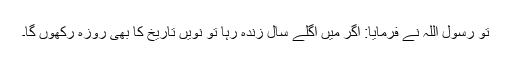
تو رسول اللہؐ نے فرمایا: اگر میں اگلے سال زندہ رہا تو نویں تاریخ کا بھی روزہ رکھوں گا۔